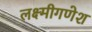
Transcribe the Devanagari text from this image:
लक्ष्मीगणेश